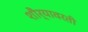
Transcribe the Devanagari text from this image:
शौर्यावरती